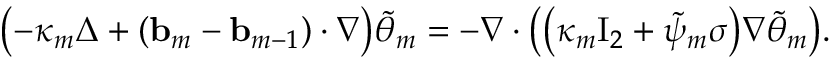
\bigl ( - \kappa _ { m } \Delta + ( \ensuremath { \mathbf { b } } _ { m } - \ensuremath { \mathbf { b } } _ { m - 1 } ) \cdot \nabla \bigr ) \tilde { \theta } _ { m } = - \nabla \cdot \bigl ( \bigl ( \kappa _ { m } \ensuremath { \mathrm { I } _ { 2 } } + \tilde { \psi } _ { m } \sigma \bigr ) \nabla \tilde { \theta } _ { m } \bigr ) .